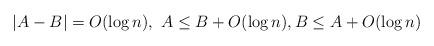
LaTeX: \begin{align*}|A-B| = O(\log n),\ A\le B + O(\log n), B\le A + O(\log n)\end{align*}